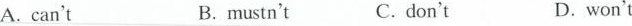
A.can't B.mustn't C.don't D.won't